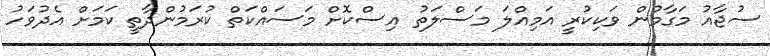
ސުޖާއު މަގާމުން ވަކިކުރީ އަމިއްލަ މަސްލަތު އިސްކޮށް މަސައްކަތް ކުރަމުންދާތީ ކަމަށް އެދުވަހު